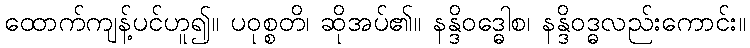
ထောက်ကျန့်ပင်ဟူ၍။ ပဝုစ္စတိ၊ ဆိုအပ်၏။ နန္ဒိဝဒ္ဓေါစ၊ နန္ဒိဝဒ္ဓလည်းကောင်း။